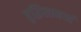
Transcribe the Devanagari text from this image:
बुद्धिसामर्थ्य